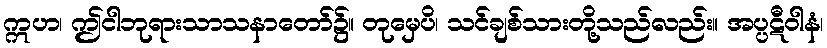
ဣဟ၊ ဤငါဘုရားသာသနာတော်၌။ တုမှေပိ၊ သင်ချစ်သားတို့သည်လည်း။ အပ္ပဋီဝါနံ၊